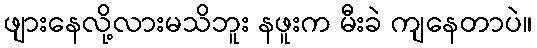
ဖျားနေလို့လားမသိဘူး နဖူးက မီးခဲ ကျနေတာပဲ။